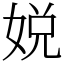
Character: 娧